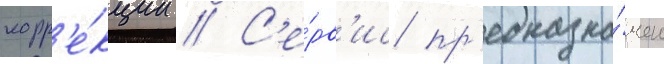
корр'е́кции // С'е́рв'ис пр'едназна́чен